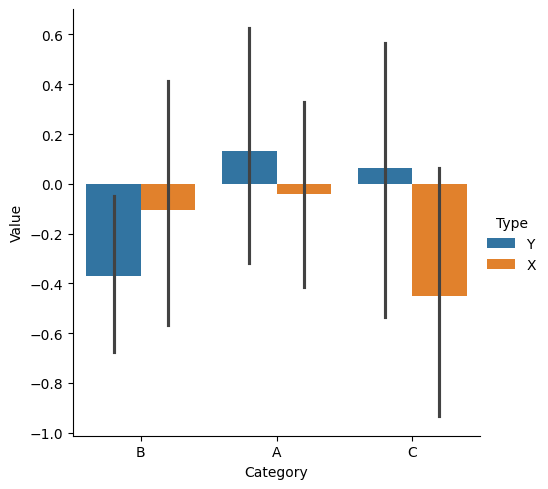
python, seaborn, catplot, kind='bar', height=5, aspect=1